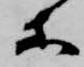
等